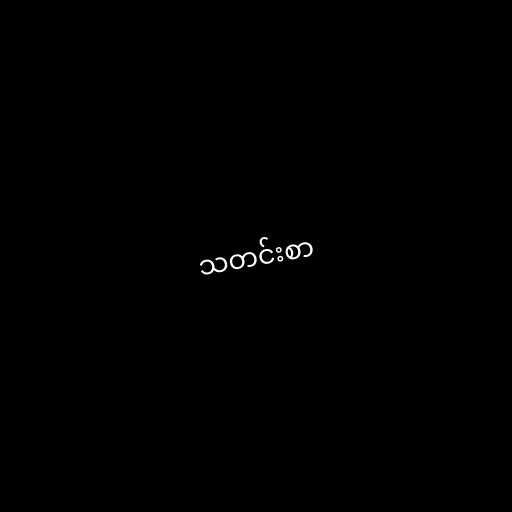
သတင်းစာ